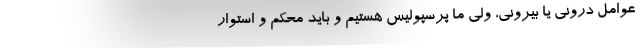
عوامل درونی یا بیرونی، ولی ما پرسپولیس هستیم و باید محکم و استوار